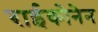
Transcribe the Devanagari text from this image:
राईकोनेन